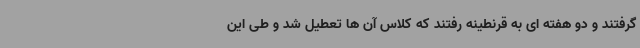
گرفتند و دو هفته ای به قرنطینه رفتند که کلاس آن ها تعطیل شد و طی این